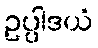
ဥပ္ပါဒယံ